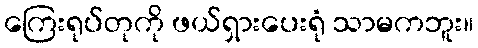
ကြေးရုပ်တုကို ဖယ်ရှားပေးရုံ သာမကဘူး။